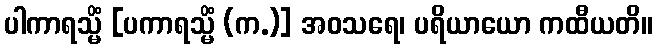
ပါကာရသ္မိံ [ပကာရသ္မိံ (က.)] အဝသရေ၊ ပရိယာယော ကထီယတိ။